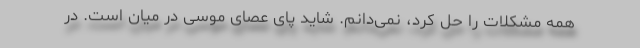
همه مشکلات را حل کرد، نمی‌دانم. شاید پای عصای موسی در میان است. در